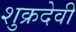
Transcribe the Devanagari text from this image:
शुक्रदेवी